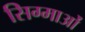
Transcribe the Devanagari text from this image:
सिग्माओं